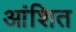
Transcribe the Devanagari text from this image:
आंशित